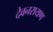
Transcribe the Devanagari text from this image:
देवनरायण